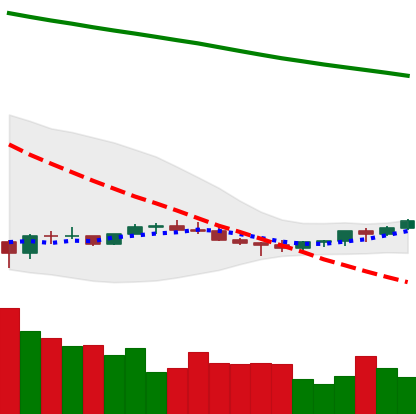
Ticker: EOS-USD
Chart end date: 2022-07-07
Forward return: -10.944%
Label: down_7plus